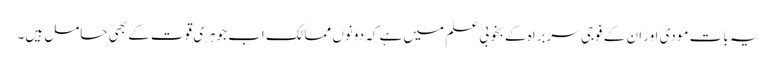
یہ بات مودی اور ان کے فوجی سربراہ کے بخوبی علم میں ہے کہ دونوں ممالک اب جوہری قوت کے بھی حامل ہیں۔